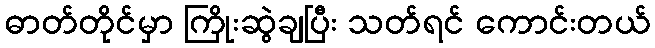
ဓာတ်တိုင်မှာ ကြိုးဆွဲချပြီး သတ်ရင် ကောင်းတယ်